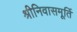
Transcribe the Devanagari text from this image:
श्रीनिवासमूर्ति